Scottish Leaving Certificate Examination, 1957
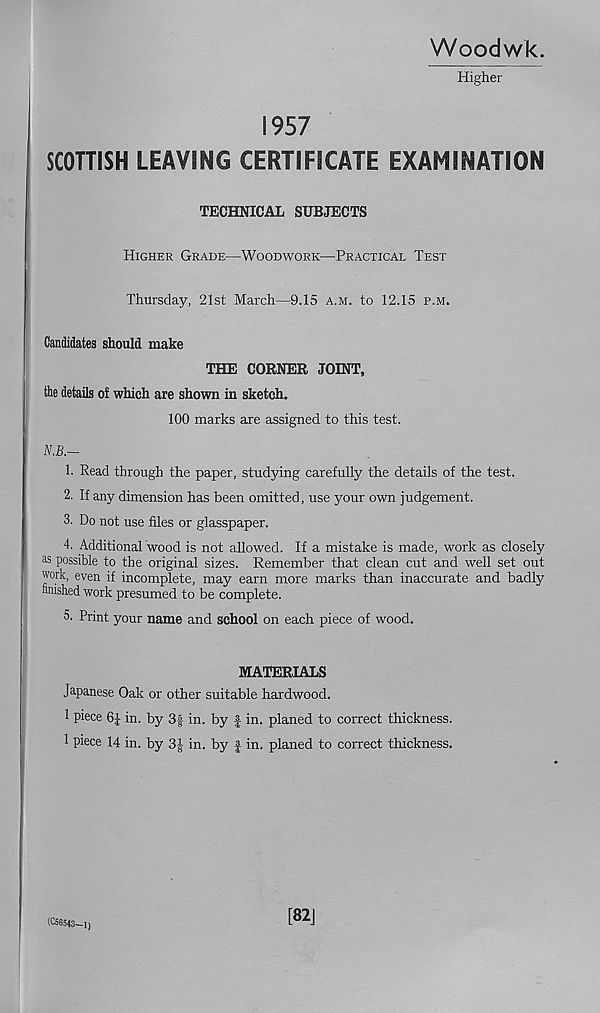
Woodwk.
Higher
1957
SCOTTISH LEAVING CERTIFICATE EXAMINATION
TECHNICAL SUBJECTS
Higher Grade—Woodwork—Practical Test
Thursday, 21st March—9.15 a.m. to 12.15 p.m.
Candidates should make
THE CORNER JOINT,
the details of which are shown in sketch.
100 marks are assigned to this test.
N.B.—
1. Read through the paper, studying carefully the details of the test.
2. If any dimension has been omitted, use your own judgement.
3. Do not use files or glasspaper.
4. Additional wood is not allowed. If a mistake is made, work as closely
as possible to the original sizes. Remember that clean cut and well set out
work, even if incomplete, may earn more marks than inaccurate and badly
finished work presumed to be complete.
5. Print your name and school on each piece of wood.
MATERIALS
Japanese Oak or other suitable hardwood.
1 piece in. by 3f in. by £ in. planed to correct thickness.
1 piece 14 in. by 3| in. by J in. planed to correct thickness.
(C56543—1)
[82J